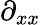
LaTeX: \partial_{xx}